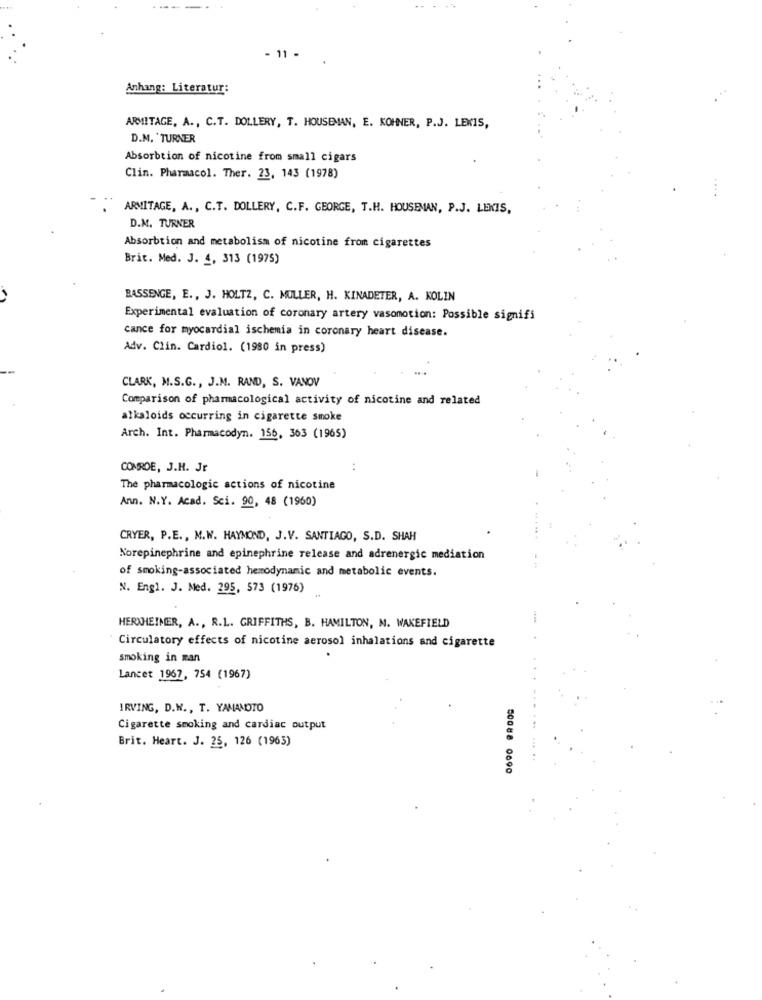
- 11 -
Anhang: Literatur:
. ..
ARMITAGE, A ., C.T. DOLLERY, T. HOUSEMAN, E. KOHNER, P.J. LEKIS,
D.M. TURNER
Absorbtion of nicotine from small cigars
Clin. Pharmacol. Ther. 23, 143 (1978)
ARMITAGE, A ., C.T. DOLLERY, C.F. GEORGE, T.H. HOUSEMAN, P.J. LEKIS,
D.M. TURNER
Absorbtion and metabolism of nicotine from cigarettes
Brit. Med. J. 4, 313 (1975)
BASSENGE, E ., J. HOLTZ, C. MULLER, H. KINADETER, A. KOLIN
Experimental evaluation of coronary artery vasomotion: Possible signifi
cance for myocardial ischemia in coronary heart disease.
Adv. Clin. Cardiol. (1980 in press)
CLARK, M.S.G ., J.M. RAND, S. VANOV
Comparison of pharmacological activity of nicotine and related
alkaloids occurring in cigarette smoke
Arch. Int. Pharmacodyn. 156, 363 (1965)
COMROE, J.H. Jr
The pharmacologic actions of nicotine
Ann. N.Y. Acad. Sci. 90, 48 (1960)
CRYER, P.E ., M.W. HAYMOND, J.V. SANTIAGO, S.D. SHAH
Norepinephrine and epinephrine release and adrenergic mediation
of smoking-associated hemodynamic and metabolic events.
N. Engl. J. Med. 295, 573 (1976)
HERXHEIMER, A ., R.L. GRIFFITHS, B. HAMILTON, M. WAKEFIELD
Circulatory effects of nicotine aerosol inhalations and cigarette
smoking in man
Lancet 1967, 754 (1967)
IRVING, D.W ., T. YAMAMOTO
Cigarette smoking and cardiac output
Brit. Heart. J. 25, 126 (1963)
....
50088 0690